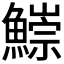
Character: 𩻃